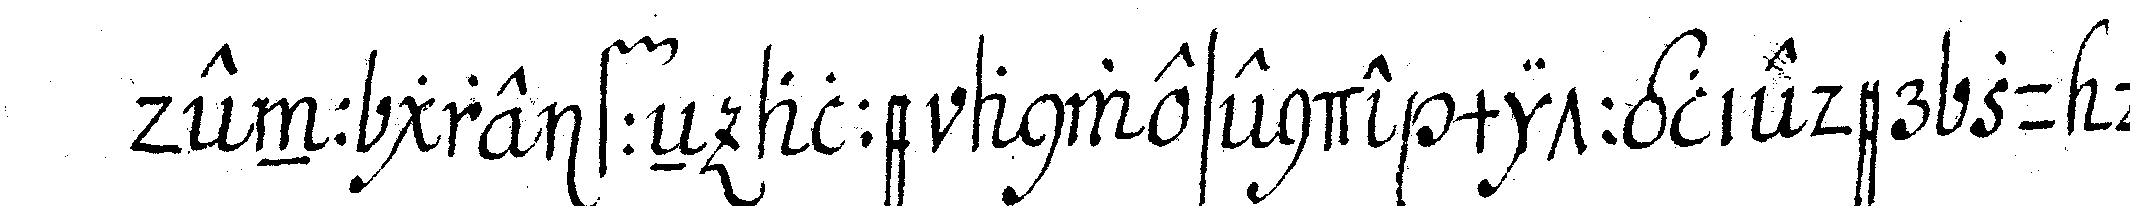
denn greiffeN alle anwesende mittglieder zu deN